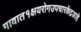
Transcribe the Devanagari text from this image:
गावात१क्षयरोगउपचारकेंद्रआहे